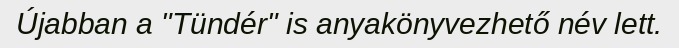
Újabban a "Tündér" is anyakönyvezhető név lett.